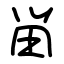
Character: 畄